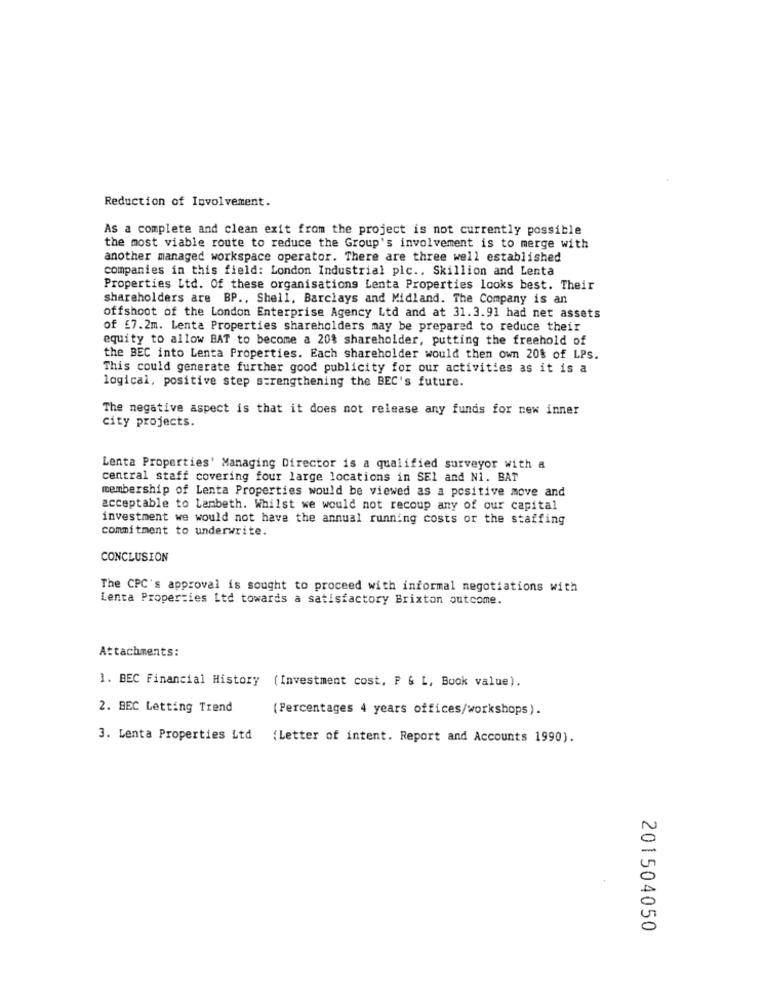
Reduction of Involvement.
As a complete and clean exit from the project is not currently possible
the most viable route to reduce the Group's involvement is to merge with
another managed workspace operator. There are three well established
companies in this field: London Industrial plc .. Skillion and Lenta
Properties Ltd. Of these organisations Lenta Properties looks best. Their
shareholders are BP ., Shell, Barclays and Midland. The Company is an
offshoot of the London Enterprise Agency Ltd and at 31.3.91 had net assets
of £7.2m. Lenta Properties shareholders may be prepared to reduce their
equity to allow BAT to become a 20% shareholder, putting the freehold of
the BEC into Lenta Properties. Each shareholder would then own 20% of LPs.
This could generate further good publicity for our activities as it is a
logical, positive step strengthening the BEC's future.
The negative aspect is that it does not release any funds for new inner
city projects.
Lenta Properties' Managing Director is a qualified surveyor with a
central staff covering four large locations in SEI and N1. BAT
membership of Lenta Properties would be viewed as a positive move and
acceptable to Lambeth. Whilst we would not recoup any of our capital
investment we would not have the annual running costs or the staffing
commitment to underwrite.
CONCLUSION
The CPC's approval is sought to proceed with informal negotiations with
Lenta Properties Ltd towards a satisfactory Brixton outcome.
Attachments:
1. BEC Financial History (Investment cost, P & L, Book value).
2. BEC Letting Trend
(Percentages 4 years offices/workshops).
3. Lenta Properties Ltd
(Letter of intent. Report and Accounts 1990).
201504050